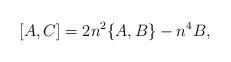
LaTeX: \begin{align*} [A,C]= 2n^{2}\{A,B\}-n^{4} B, \end{align*}